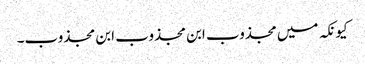
کیونکہ میں مجذوب ابن مجذوب ابن مجذوب۔